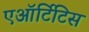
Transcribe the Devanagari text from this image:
एऑर्टिटिस